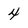
Character: 4